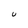
Character: U